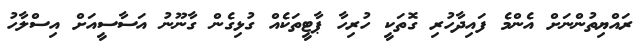
ރައްޔިތުންނަށް އެންމެ ފައިދާހުރި ގޮތަކީ ހުރިހާ ޕާޓީތަކެއް ގުޅިގެން ގާނޫނު އަސާސީއަށް އިސްލާހު